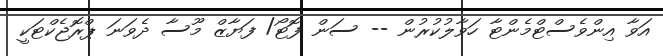
އަވާ އިންވެސްޓްމެންޓާ ހަވާލުކުރުން -- ސަން ފޮޓޯ/ ފަޔާޒް މޫސާ ދެވަނަ ޕްރޮޖެކްޓަކީ